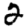
Digit: 2